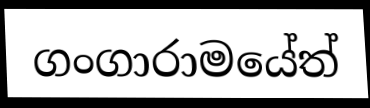
ගංගාරාමයේත්